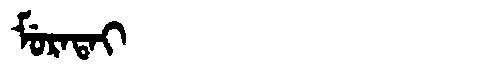
Manchu: ᠮᡠᡵᠠᡨᠠᡳ
Romanization: MURATAI